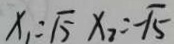
x _ { 1 } = \sqrt { 5 } x _ { 2 } = - \sqrt { 5 }